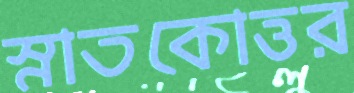
স্নাতকোত্তর